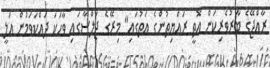
ރާއްޖޭގެ ބާރުވެރިކަން އޮތީ ރައްޔިތުންގެ އަތުގައި" މިރޭގެ ޖަލްސާގައި ވާހަކަ ދައްކަވަމުން އަލީ